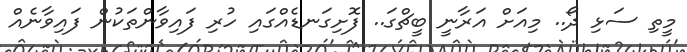
މީތި ސަޅި ދޯ.. މިއަށް އަރާނީ ބީޗްގަ.. ފޮށިގަނޑެއްގައި ހުރި ފައިވާންތަކުން ފައިވާނެއް